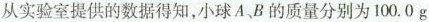
从实验室提供的数据得知，小球 A、B 的质量分别为 100. 0 g